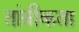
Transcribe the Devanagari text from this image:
तांत्रीकता